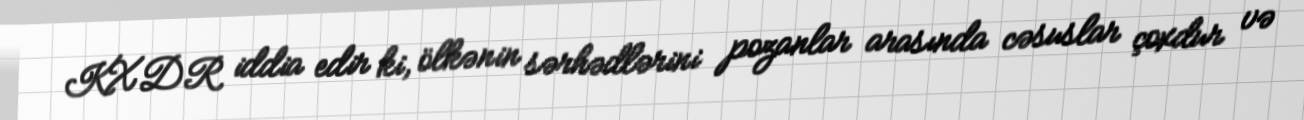
KXDR iddia edir ki, ölkənin sərhədlərini pozanlar arasında cəsuslar çoxdur və